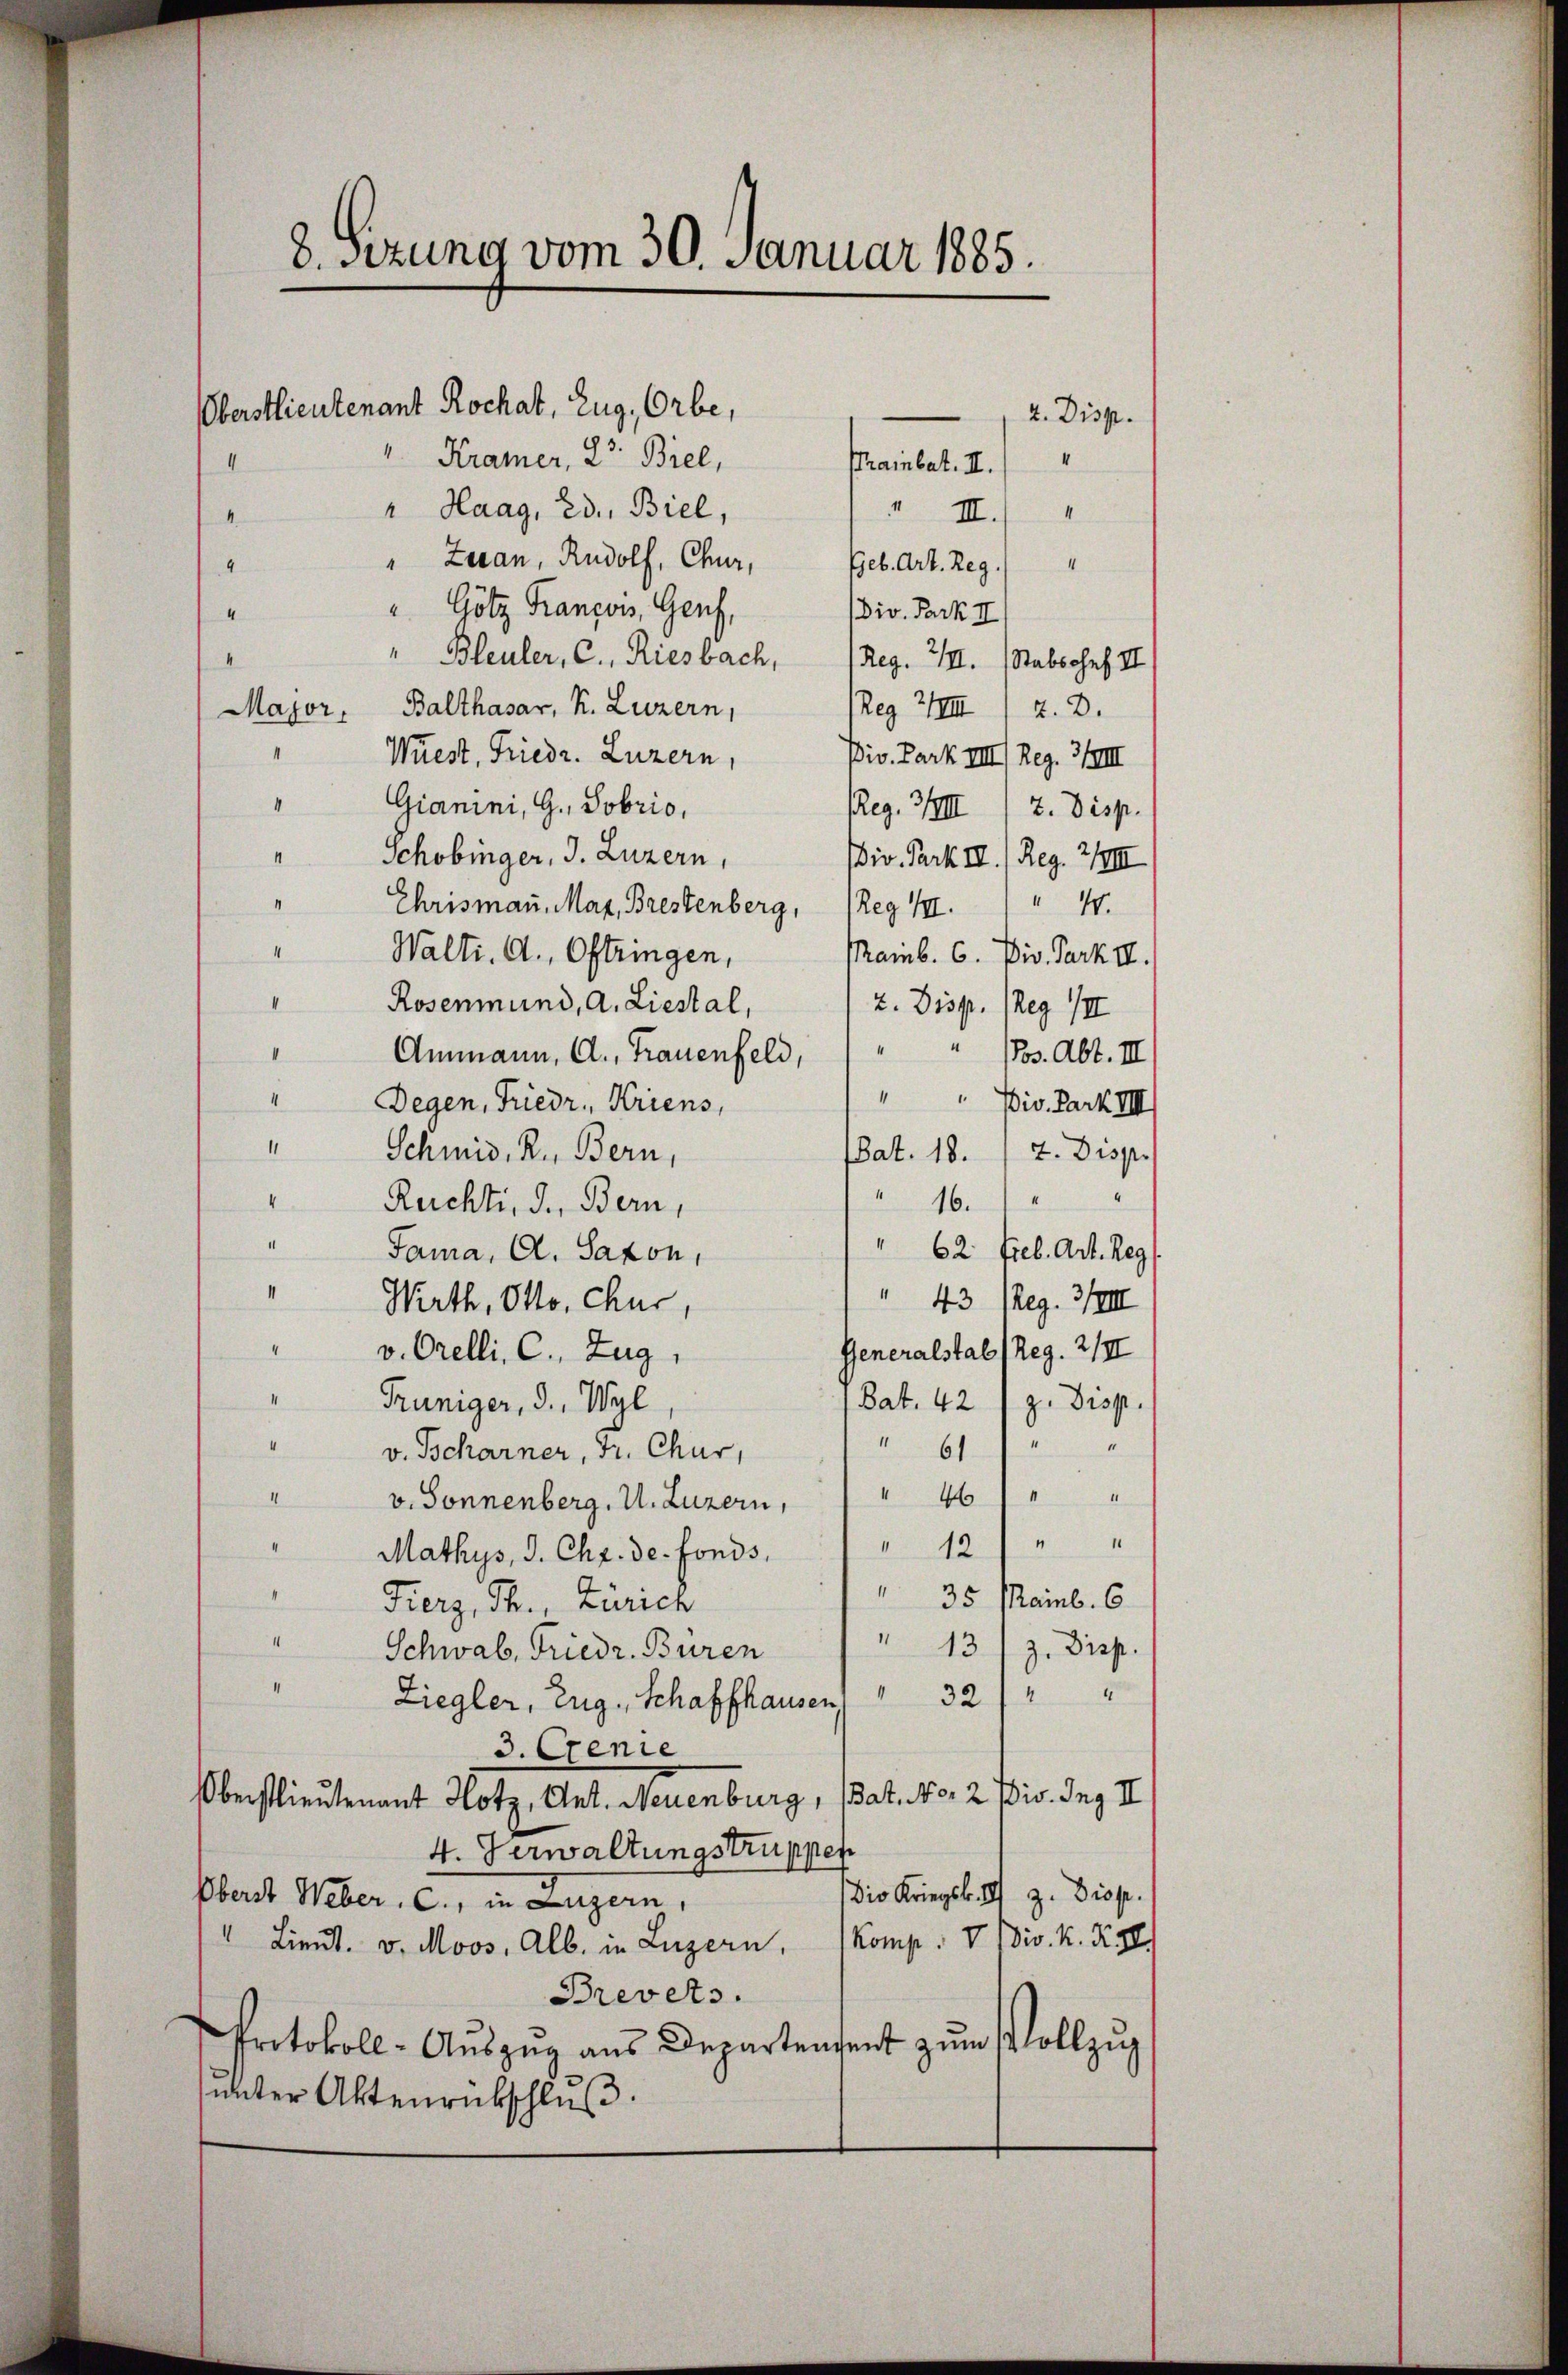
8. Sitzung vom 30. Januar 1885.

Oberstlieutenant Rochat, Zug, Orbe,
2. Disp.
"Kramer, 23. Biel,
4
Prainbat. II.
" Haag, ed., Biel,
 III.
4
" Zaran, Rudolf, Chur, Geb. Art. Reg.) "
4
" Götz Francois, Genf,
Div. Park II
4
" Bleuler, C. Riesbach, 1 Reg. III. Stabschef II
Reg IIII) z. B.
Major, Balthasar, K. Luzern,
Wüest, Friedr. Luzern,
Piv. Park III) Reg. 3/IIII
Gianini, G. Sobrio,
Reg. III / 2. Disp.
11
Schobinger, J. Luzern,
iv. Park III. / Reg. 7/IIII
Chrisman. May, Brestenberg, (Reg III 44.
Walti. d. Oftringen,
Maib. 6. Div. Park II.
Rosenmund, A. Liestal,
2. Disp. Reg. III
" (3. Abt. III
4
Ammann, A., Trauenfeld,
4
"Div. Park IIII
Degen, Friedr. Kriens,
.
(Bat. 18. 17. Disp.
Schmid. R., Bern,
4
16.
Rechti, d. Bern,
1
I
62. Lieb. Art. Reg
Jama, Al. Saxon,
 43 (Reg. 3/III
" Wirth, Otto, Chur,
Generalstab (Reg. 2/II
" v. Orelli, C. Zug,
Bat. 42 (z. Disp
Prüniger, 3., Wyl
 611
v. Tscharner, Dr. Chur,
" 46) " "
v. Sonnenberg. U. Luzern,
"12) " "
Mathys, d. Chr. de fonds,
" 35 Mainb. 6
Fierz, Th., Zürich
" Schwab, Friedr. Buren " " 1313. Disp.
32/4
Ziegler, Zug, Schaffhausen,
3. Cenie
Oberstlieutenant Hotz, Ant. Neuenburg, Bat. No. 2 Piv. Ing II
4. Verwaltungstruppen
Die Kriegsk. I) z. Disp.
Bbert Weber. c., in Luzern,
" Lieut. v. Moos, Alb. in Luzern, Komp. V Div. K. XII
Brevets.
Protokoll-Aŭszŭg ans Departenseit zŭm Vollzŭg
unter Aktenrübschlŭβ